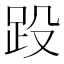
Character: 䟝